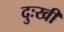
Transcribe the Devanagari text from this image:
दुःखीं